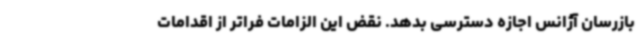
بازرسان آژانس اجازه دسترسی بدهد. نقض این الزامات فراتر از اقدامات